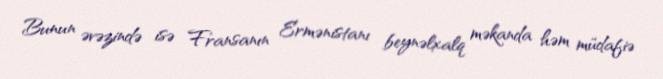
Bunun əvəzində isə Fransanın Ermənistanı beynəlxalq məkanda həm müdafiə